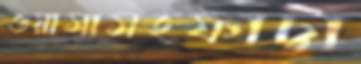
ওয়াসাসহফাট্টা